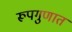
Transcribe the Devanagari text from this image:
रूपगुणात